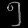
Digit: ၅